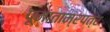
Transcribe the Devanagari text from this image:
पूनाताम्रपत्र